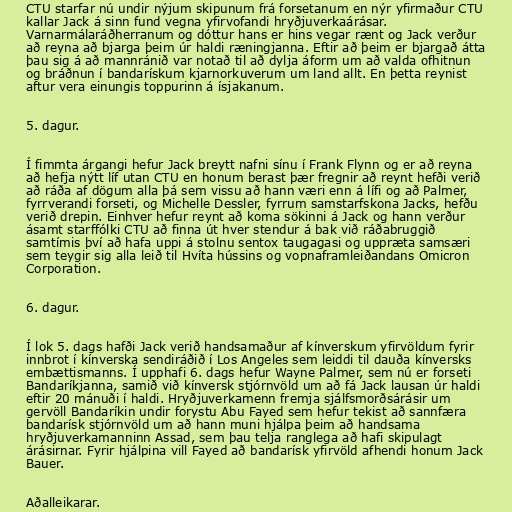
CTU starfar nú undir nýjum skipunum frá forsetanum en nýr yfirmaður CTU
kallar Jack á sinn fund vegna yfirvofandi hryðjuverkaárásar.
Varnarmálaráðherranum og dóttur hans er hins vegar rænt og Jack verður
að reyna að bjarga þeim úr haldi ræningjanna. Eftir að þeim er bjargað átta
þau sig á að mannránið var notað til að dylja áform um að valda ofhitnun
og bráðnun í bandarískum kjarnorkuverum um land allt. En þetta reynist
aftur vera einungis toppurinn á ísjakanum.

5. dagur.

Í fimmta árgangi hefur Jack breytt nafni sínu í Frank Flynn og er að reyna
að hefja nýtt líf utan CTU en honum berast þær fregnir að reynt hefði verið
að ráða af dögum alla þá sem vissu að hann væri enn á lífi og að Palmer,
fyrrverandi forseti, og Michelle Dessler, fyrrum samstarfskona Jacks, hefðu
verið drepin. Einhver hefur reynt að koma sökinni á Jack og hann verður
ásamt starffólki CTU að finna út hver stendur á bak við ráðabruggið
samtímis því að hafa uppi á stolnu sentox taugagasi og uppræta samsæri
sem teygir sig alla leið til Hvíta hússins og vopnaframleiðandans Omicron
Corporation.

6. dagur.

Í lok 5. dags hafði Jack verið handsamaður af kínverskum yfirvöldum fyrir
innbrot í kínverska sendiráðið í Los Angeles sem leiddi til dauða kínversks
embættismanns. Í upphafi 6. dags hefur Wayne Palmer, sem nú er forseti
Bandaríkjanna, samið við kínversk stjórnvöld um að fá Jack lausan úr haldi
eftir 20 mánuði í haldi. Hryðjuverkamenn fremja sjálfsmorðsárásir um
gervöll Bandaríkin undir forystu Abu Fayed sem hefur tekist að sannfæra
bandarísk stjórnvöld um að hann muni hjálpa þeim að handsama
hryðjuverkamanninn Assad, sem þau telja ranglega að hafi skipulagt
árásirnar. Fyrir hjálpina vill Fayed að bandarísk yfirvöld afhendi honum Jack
Bauer.

Aðalleikarar.